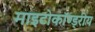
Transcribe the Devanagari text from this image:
माइटोकॉण्ड्रीय